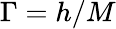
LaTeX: \Gamma=h/M